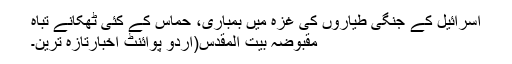
اسرائیل کے جنگی طیاروں کی غزہ میں بمباری، حماس کے کئی ٹھکانے تباہ
مقبوضہ بیت المقدس(اُردو پوائنٹ اخبارتازہ ترین۔